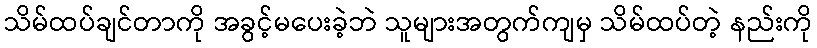
သိမ်ထပ်ချင်တာကို အခွင့်မပေးခဲ့ဘဲ သူများအတွက်ကျမှ သိမ်ထပ်တဲ့ နည်းကို